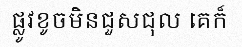
ផ្លូវខូចមិនជួសជុល គេក៏